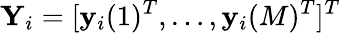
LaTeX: \mathbf{Y}_{i}=[\mathbf{y}_{i}(1)^{T},\ldots,\mathbf{y}_{i}(M)^{T}]^{T}